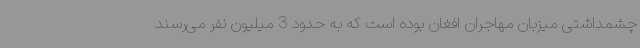
چشمداشتی میزبان مهاجران افغان بوده است که به حدود 3 میلیون نفر می‌رسند